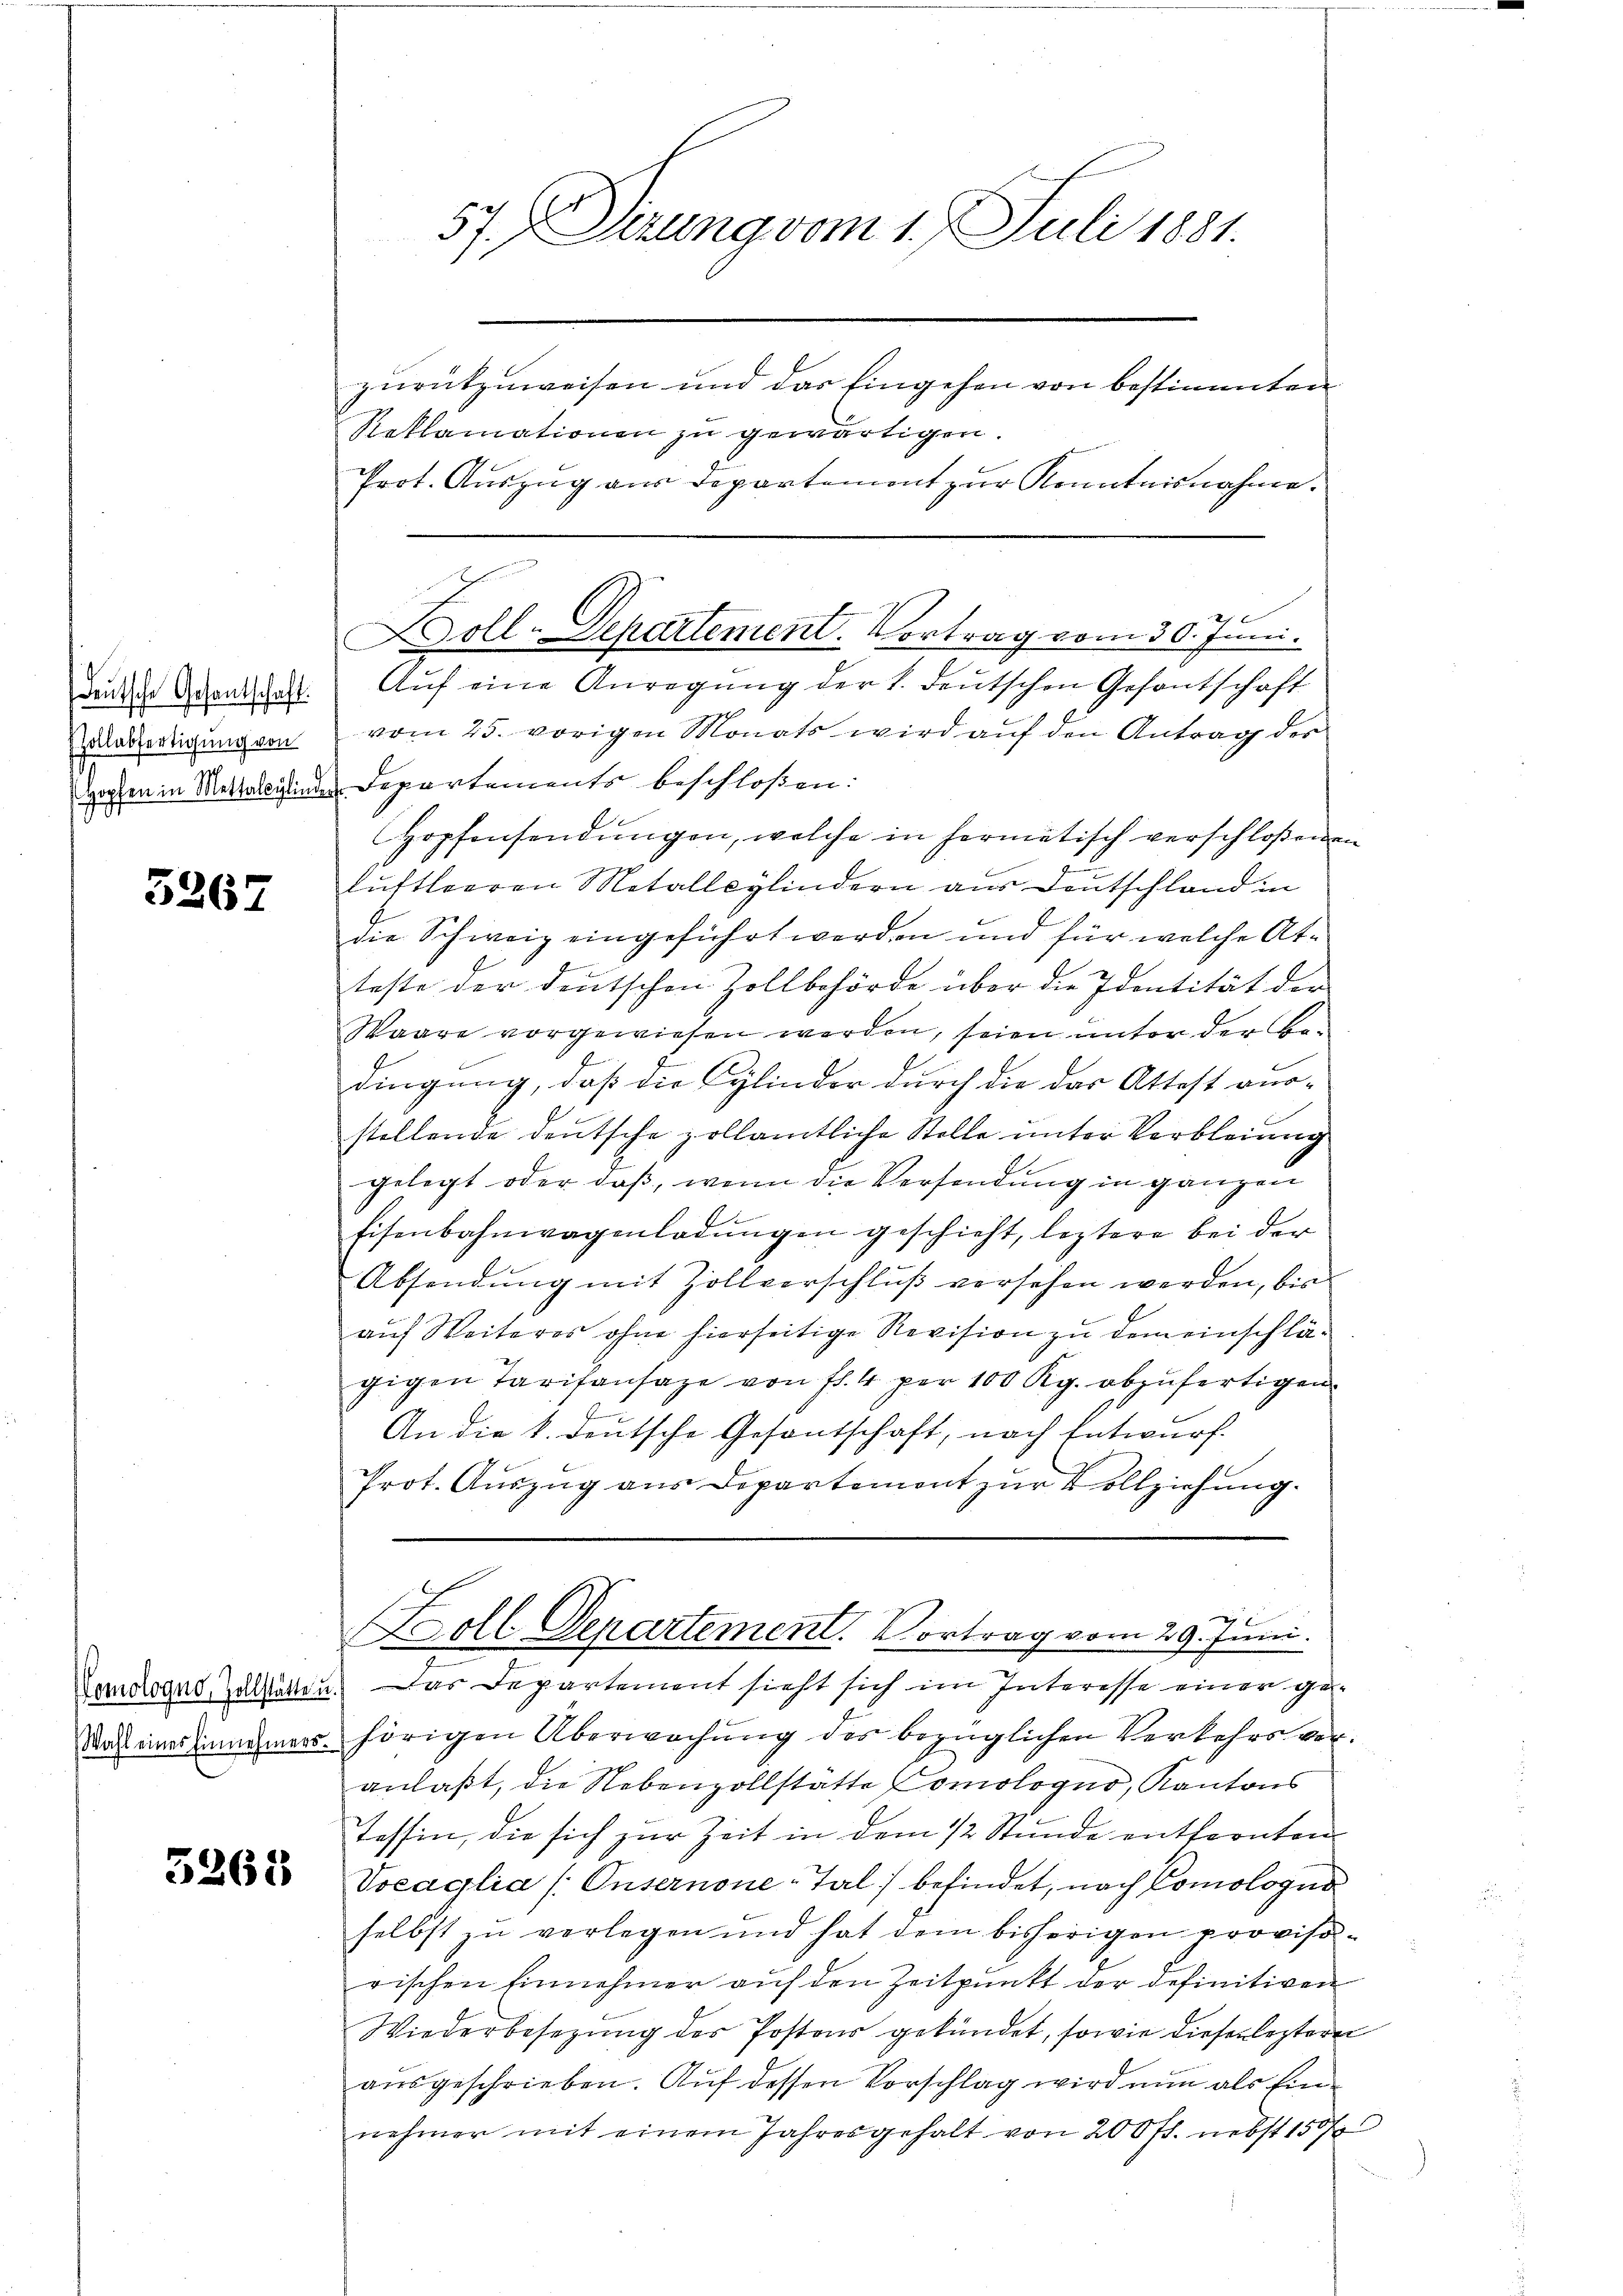
Hollabfertigung von

3267

5265

zurückzuweisen und das Eingehen von bestimmten
Reklamationen zu gewärtigen.
Prot. Auszug aus Departement zur Kenntnisnahme.
dn der Genthalt. Aŭf eine Anregung der 1. deutschen Gesantschaft
vom 25. vorigen Monats wird auf den Antrag des
Hopfen in Mettalcylinder Departements beschloßen:
Hopfensendungen, welche in hermatisch verschloßenen
luftleeren Metallsylindern aus Deutschland in
die Schweiz eingeführt werden und für welche Atteste der deutschen Zollbehörde über die Identität der
Waare vorgewiesen werden, seien unter der Bedingung, daß die Cylinder durch die das Attest aus-
stellende deutsche zollamtliche Stelle unter Verbleiung
gelegt oder daβ, wenn die Versendung in ganzen
2
Eisenbahnwagenladŭngen geschieht, leztere bei der
Absendung mit Zollverschluß versehen werden, bis
auf Weiteres ohne hierseitige Revision zu dem einschlägigen Tarifansage von fl. 4 per 100 Kg. abzufertigen.
f
.
An die k. deutsche Gesantschaft, nach Entwurf.
Prot. Auszug aus Departemont zur Vollziehung.
1
Zoll Departement. Vortrag vom 29. Juni.
Zomoroons allaten. Das Departement sieht sich im Interesse einer ge¬
Nach eines innehmers hörigen Überwachung des bezüglichen Verkehrs veranlaßt, die Nebenzollstätte Comologno, Kantons
Tessin, die sich zur Zeit in dem 1/2 Stunde entfernten
Vocaglia /: Unsernone-Tal] befindet, nach Comologus
selbst zu verlegen und hat dem bisherigen provisorischen Einnehmer auf den Zeitpunkt der definitiven
Wiederbesezung des Postens gekündet, sowie dieser leztere
ausgeschrieben. Auf dessen Vorschlag wird nun als Einnehmer mit einem Jahresgehalt von 200 fl. nebst 1507

57. Dirung vom 1. Juli 1881.

Doll-Departement. Vortrag vom 30. Juni.